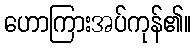
ဟောကြားအပ်ကုန်၏။